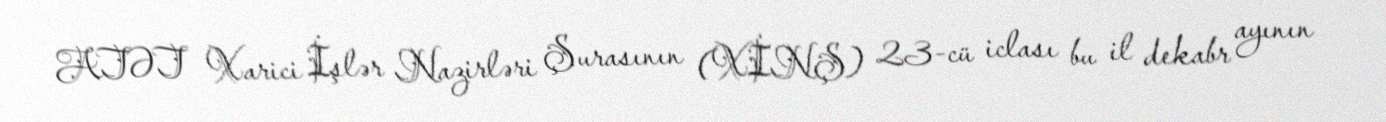
ATƏT Xarici İşlər Nazirləri Şurasının (XİNŞ) 23-cü iclası bu il dekabr ayının